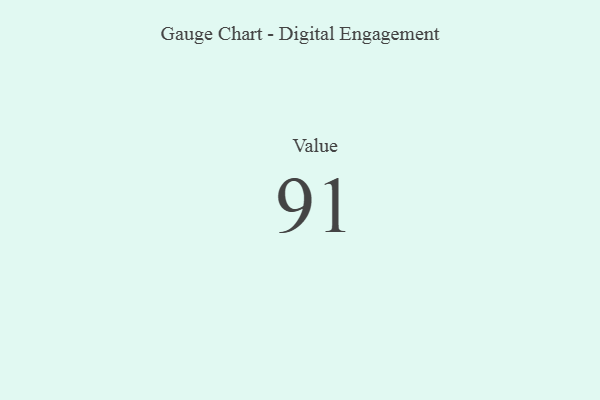
{"axis": {"x": "Metric", "y": "Value"}, "legend": [""], "data": [{"x": "Value", "y": 91, "type": ""}]}